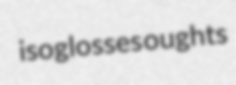
isoglosses oughts